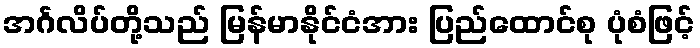
အင်္ဂလိပ်တို့သည် မြန်မာနိုင်ငံအား ပြည်ထောင်စု ပုံစံဖြင့်